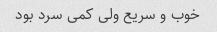
خوب و سریع ولی کمی سرد بود